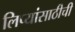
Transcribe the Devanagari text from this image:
लिप्यांसाठीची